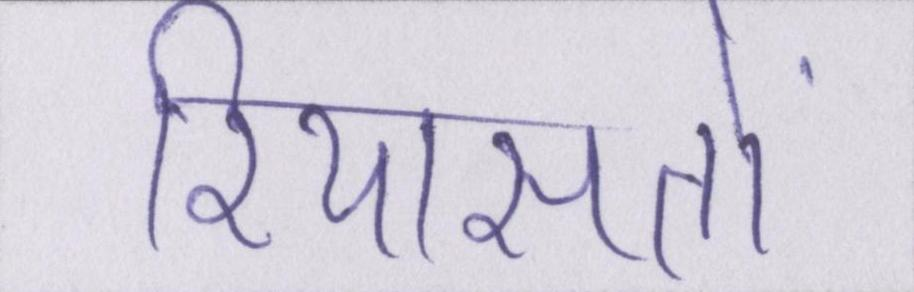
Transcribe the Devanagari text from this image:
रियासतों